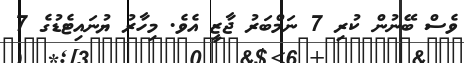
ވެސް ބޭނުން ކުރި 7 ނަމްބަރު ޖާޒީ އެވެ. މިހާރު ޔުނައިޓެޑުގެ 7